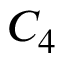
C _ { 4 }